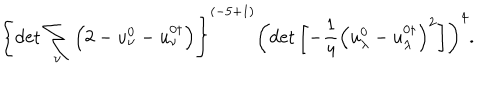
\left\{ \det \sum _ { \nu } \left( 2 - u _ { \nu } ^ { 0 } - u _ { \nu } ^ { 0 \dagger } \right) \right\} ^ { ( { - 5 + 1 } ) } \left( \det \left[ - \frac 1 4 \left( u _ { \lambda } ^ { 0 } - u _ { \lambda } ^ { 0 \dagger } \right) ^ { 2 } \right] \right) ^ { 4 } .